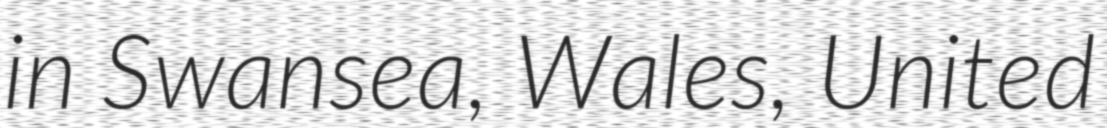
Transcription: in Swansea, Wales, United